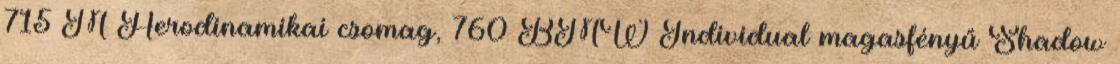
715 M Aerodinamikai csomag, 760 BMW Individual magasfényű Shadow